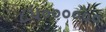
૮૫૦૦૦૦૦૦